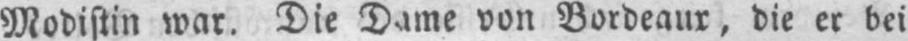
die er bei